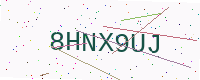
Text: 8HNX9UJ